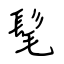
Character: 髦